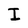
Character: I